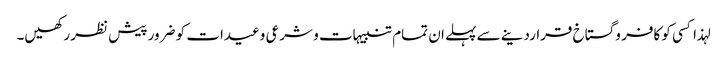
لہذا کسی کو کافر و گستاخ قراردینے سے پہلے ان تمام تنبیہات و شرعی وعیدات کو ضرور پیش نظر رکھیں۔